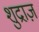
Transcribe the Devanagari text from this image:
शुद्राज़